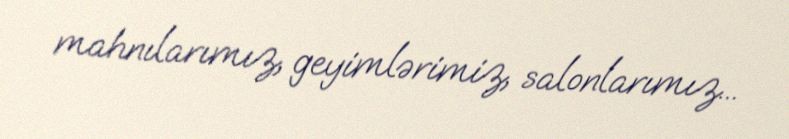
mahnılarımız, geyimlərimiz, salonlarımız...